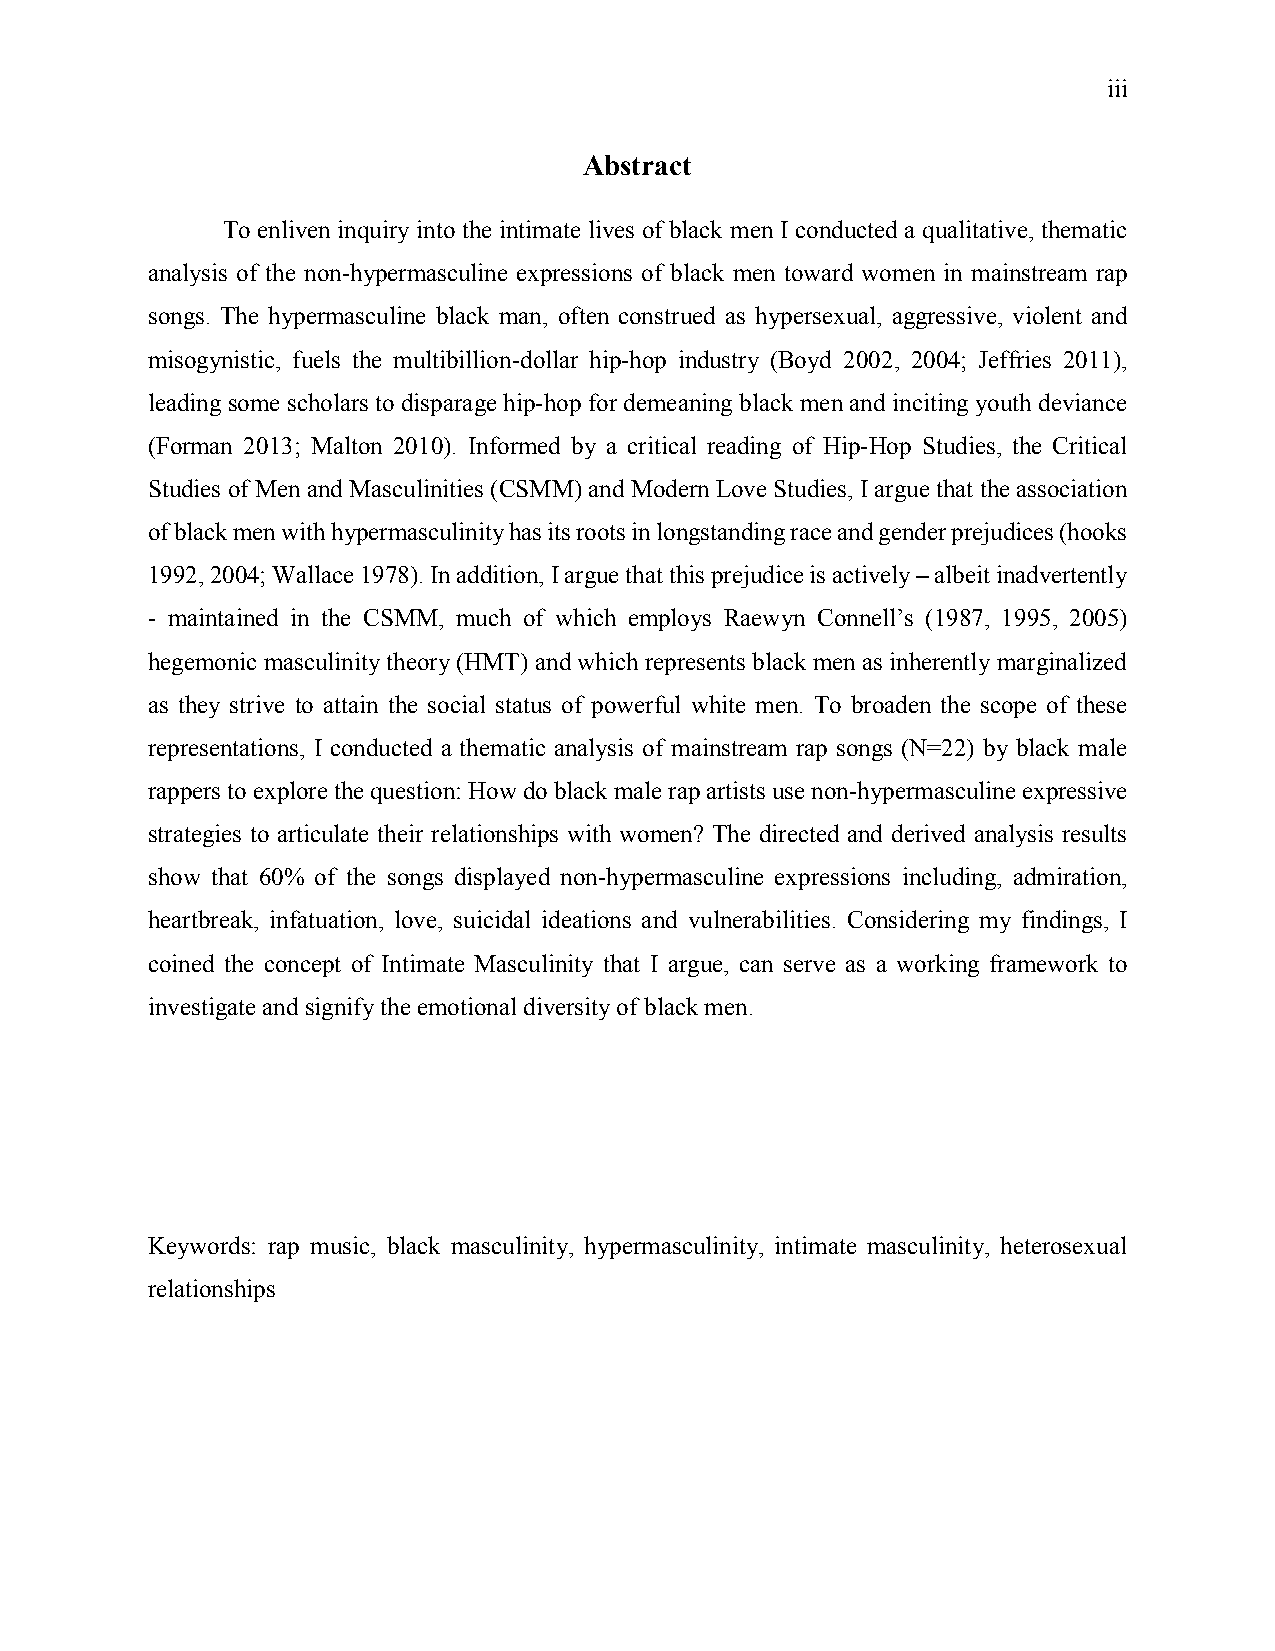
iii
 Abstract
 To enliven inquiry into the intimate lives of black men I conducted a qualitative, thematic
 analysis of the non-hypermasculine expressions of black men toward women in mainstream rap
 songs. The hypermasculine black man, often construed as hypersexual, aggressive, violent and
 misogynistic, fuels the multibillion-dollar hip-hop industry (Boyd 2002, 2004; Jeffries 2011),
 leading some scholars to disparage hip-hop for demeaning black men and inciting youth deviance
 (Forman 2013; Malton 2010). Informed by a critical reading of Hip-Hop Studies, the Critical
 Studies of Men and Masculinities (CSMM) and Modern Love Studies, I argue that the association
 of black men with hypermasculinity has its roots in longstanding race and gender prejudices (hooks
 1992, 2004; Wallace 1978). In addition, I argue that this prejudice is actively – albeit inadvertently
 - maintained in the CSMM, much of which employs Raewyn Connell’s (1987, 1995, 2005)
 hegemonic masculinity theory (HMT) and which represents black men as inherently marginalized
 as they strive to attain the social status of powerful white men. To broaden the scope of these
 representations, I conducted a thematic analysis of mainstream rap songs (N=22) by black male
 rappers to explore the question: How do black male rap artists use non-hypermasculine expressive
 strategies to articulate their relationships with women? The directed and derived analysis results
 show that 60% of the songs displayed non-hypermasculine expressions including, admiration,
 heartbreak, infatuation, love, suicidal ideations and vulnerabilities. Considering my findings, I
 coined the concept of Intimate Masculinity that I argue, can serve as a working framework to
 investigate and signify the emotional diversity of black men.
 Keywords: rap music, black masculinity, hypermasculinity, intimate masculinity, heterosexual
 relationships